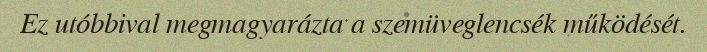
Ez utóbbival megmagyarázta a szemüveglencsék működését.